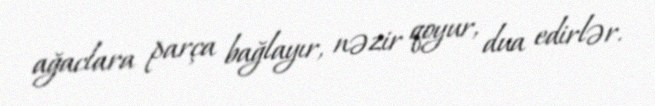
ağaclara parça bağlayır, nəzir qoyur, dua edirlər.